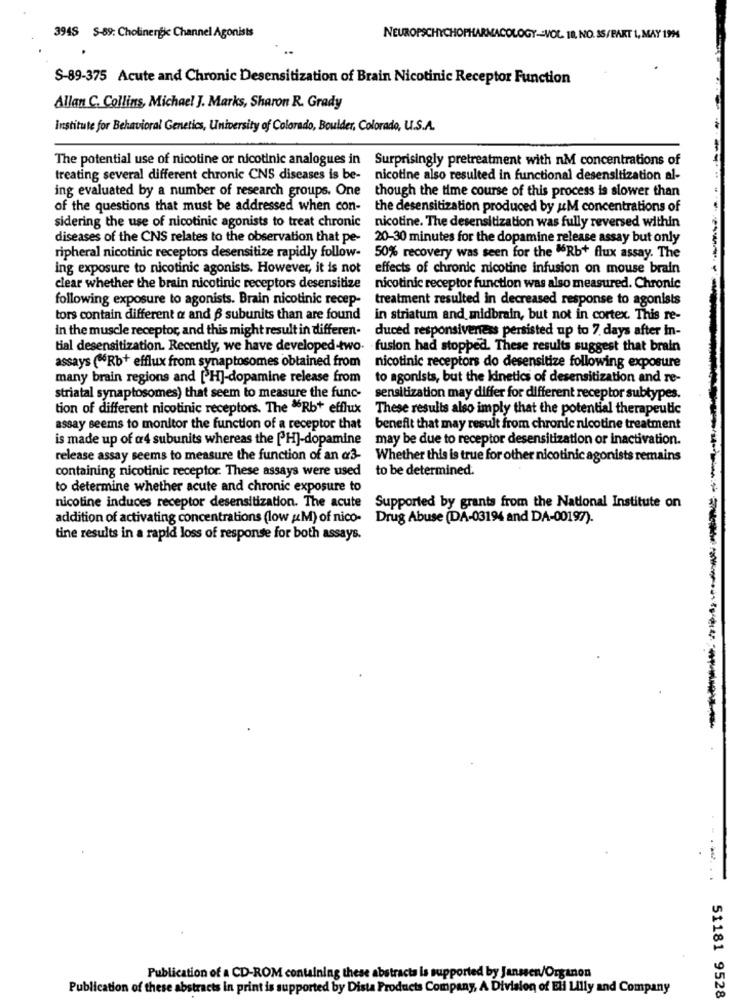
NEURO
394S $-89: Cholinergic Channel Agonists
CHYCHOF
OLOGY -- VOL 18, NO. 35/ PART 1, MAY 1994
S-89-375 Acute and Chronic Desensitization of Brain Nicotinic Receptor Function
Allan C. Collins, Michael J. Marks, Sharon R. Grady
Institute for Behavioral Genetics, University of Colorado, Boulder, Colorado, U.S.A.
The potential use of nicotine or nicotinic analogues in Surprisingly pretreatment with nM concentrations of
treating several different chronic CNS diseases is be- nicotine also resulted in functional desensitization al-
ing evaluated by a number of research groups. One
though the time course of this process is slower than
of the questions that must be addressed when con-
the desensitization produced by uM concentrations of
sidering the use of nicotinic agonists to treat chronic
nicotine. The desensitization was fully reversed within
diseases of the CNS relates to the observation that pe-
20-30 minutes for the dopamine release assay but only
ripheral nicotinic receptors desensitize rapidly follow-
50% recovery was seen for the "Rb+ flux assay. The
ing exposure to nicotinic agonists. However, it is not
effects of chronic nicotine infusion on mouse brain
clear whether the brain nicotinic receptors desensitize
nicotinic receptor function was also measured. Chronic
following exposure to agonists. Brain nicotinic recep-
treatment resulted in decreased response to agonists
tors contain different a and B subunits than are found
in striatum and midbrain, but not in cortex. This re-
in the muscle receptor, and this might result in differen-
duced responsiveness persisted up to 7 days after in-
tial desensitization. Recently, we have developed-two- fusion had stopped. These results suggest that brain
assays (MRb+ efflux from synaptosomes obtained from
nicotinic receptors do desensitize following exposure
many brain regions and [H]-dopamine release from
to agonists, but the kinetics of desensitization and re-
striatal synaptosomes) that seem to measure the func-
sensitization may differ for different receptor subtypes.
tion of different nicotinic receptors. The "Rb+ efflux
These results also imply that the potential therapeutic
assay seems to monitor the function of a receptor that
benefit that may result from chrorde nicotine treatment
is made up of @4 subunits whereas the [H]-dopamine may be due to receptor desensitization or inactivation.
release assay seems to measure the function of an @3-
Whether this is true for other nicotinic agonists remains
containing nicotinic receptor. These assays were used to be determined.
to determine whether acute and chronic exposure to
nicotine induces receptor desensitization. The acute
Supported by grants from the National Institute on
addition of activating concentrations (low ( M) of nico- Drug Abuse (DA-03194 and DA-00197).
tine results in a rapid loss of response for both assays.
Publication of a CD-ROM containing these abstracts is supported by Janssen/Organon
Publication of these abstracts in print is supported by Dista Products Company, A Division of Eli Lilly and Company
51181 9528